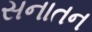
સનાતન